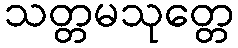
သတ္တမသုတ္တေ